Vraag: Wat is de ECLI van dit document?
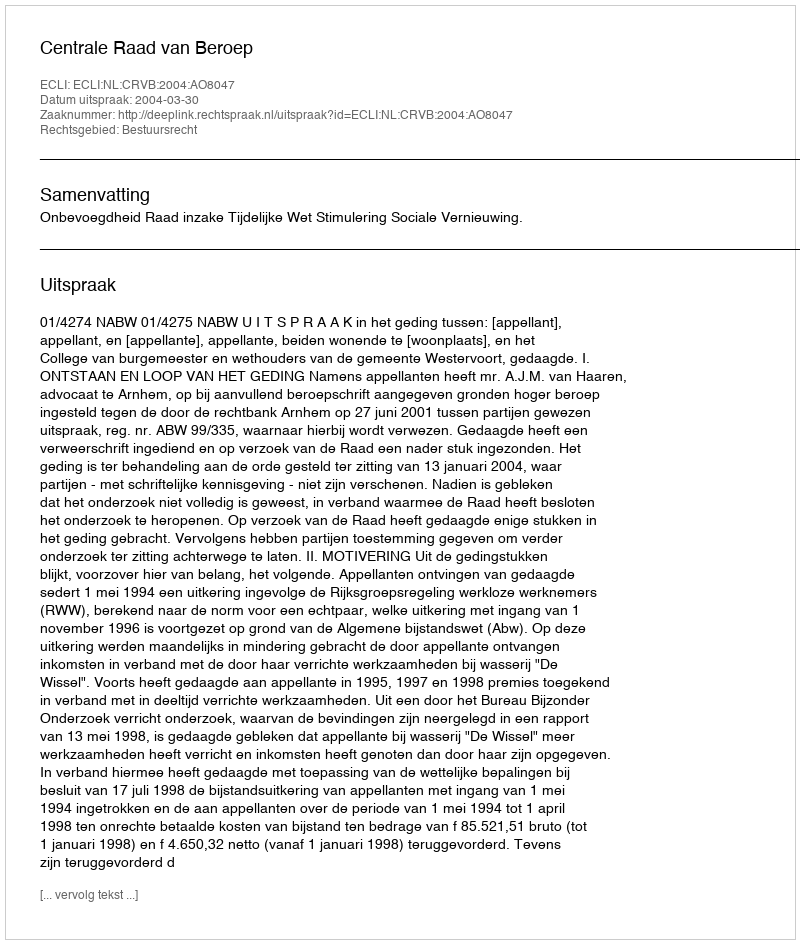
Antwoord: ECLI:NL:CRVB:2004:AO8047